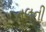
તલની